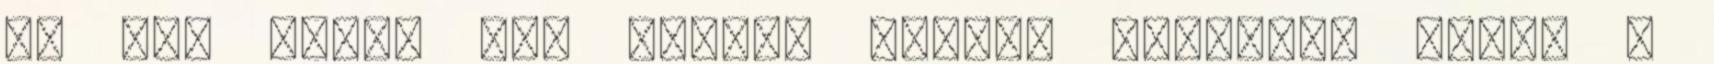
de nem tudom szo nelkul hagyni kelleken bejon a